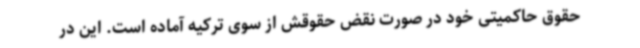
حقوق حاکمیتی خود در صورت نقض حقوقش از سوی ترکیه آماده است. این در